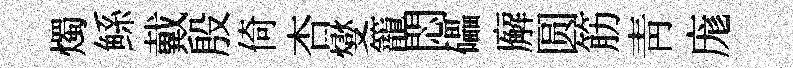
燭鲧戴殷倚杏燮籠悶礧廨圆筋青庬